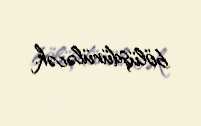
bölüşdürüləcək.